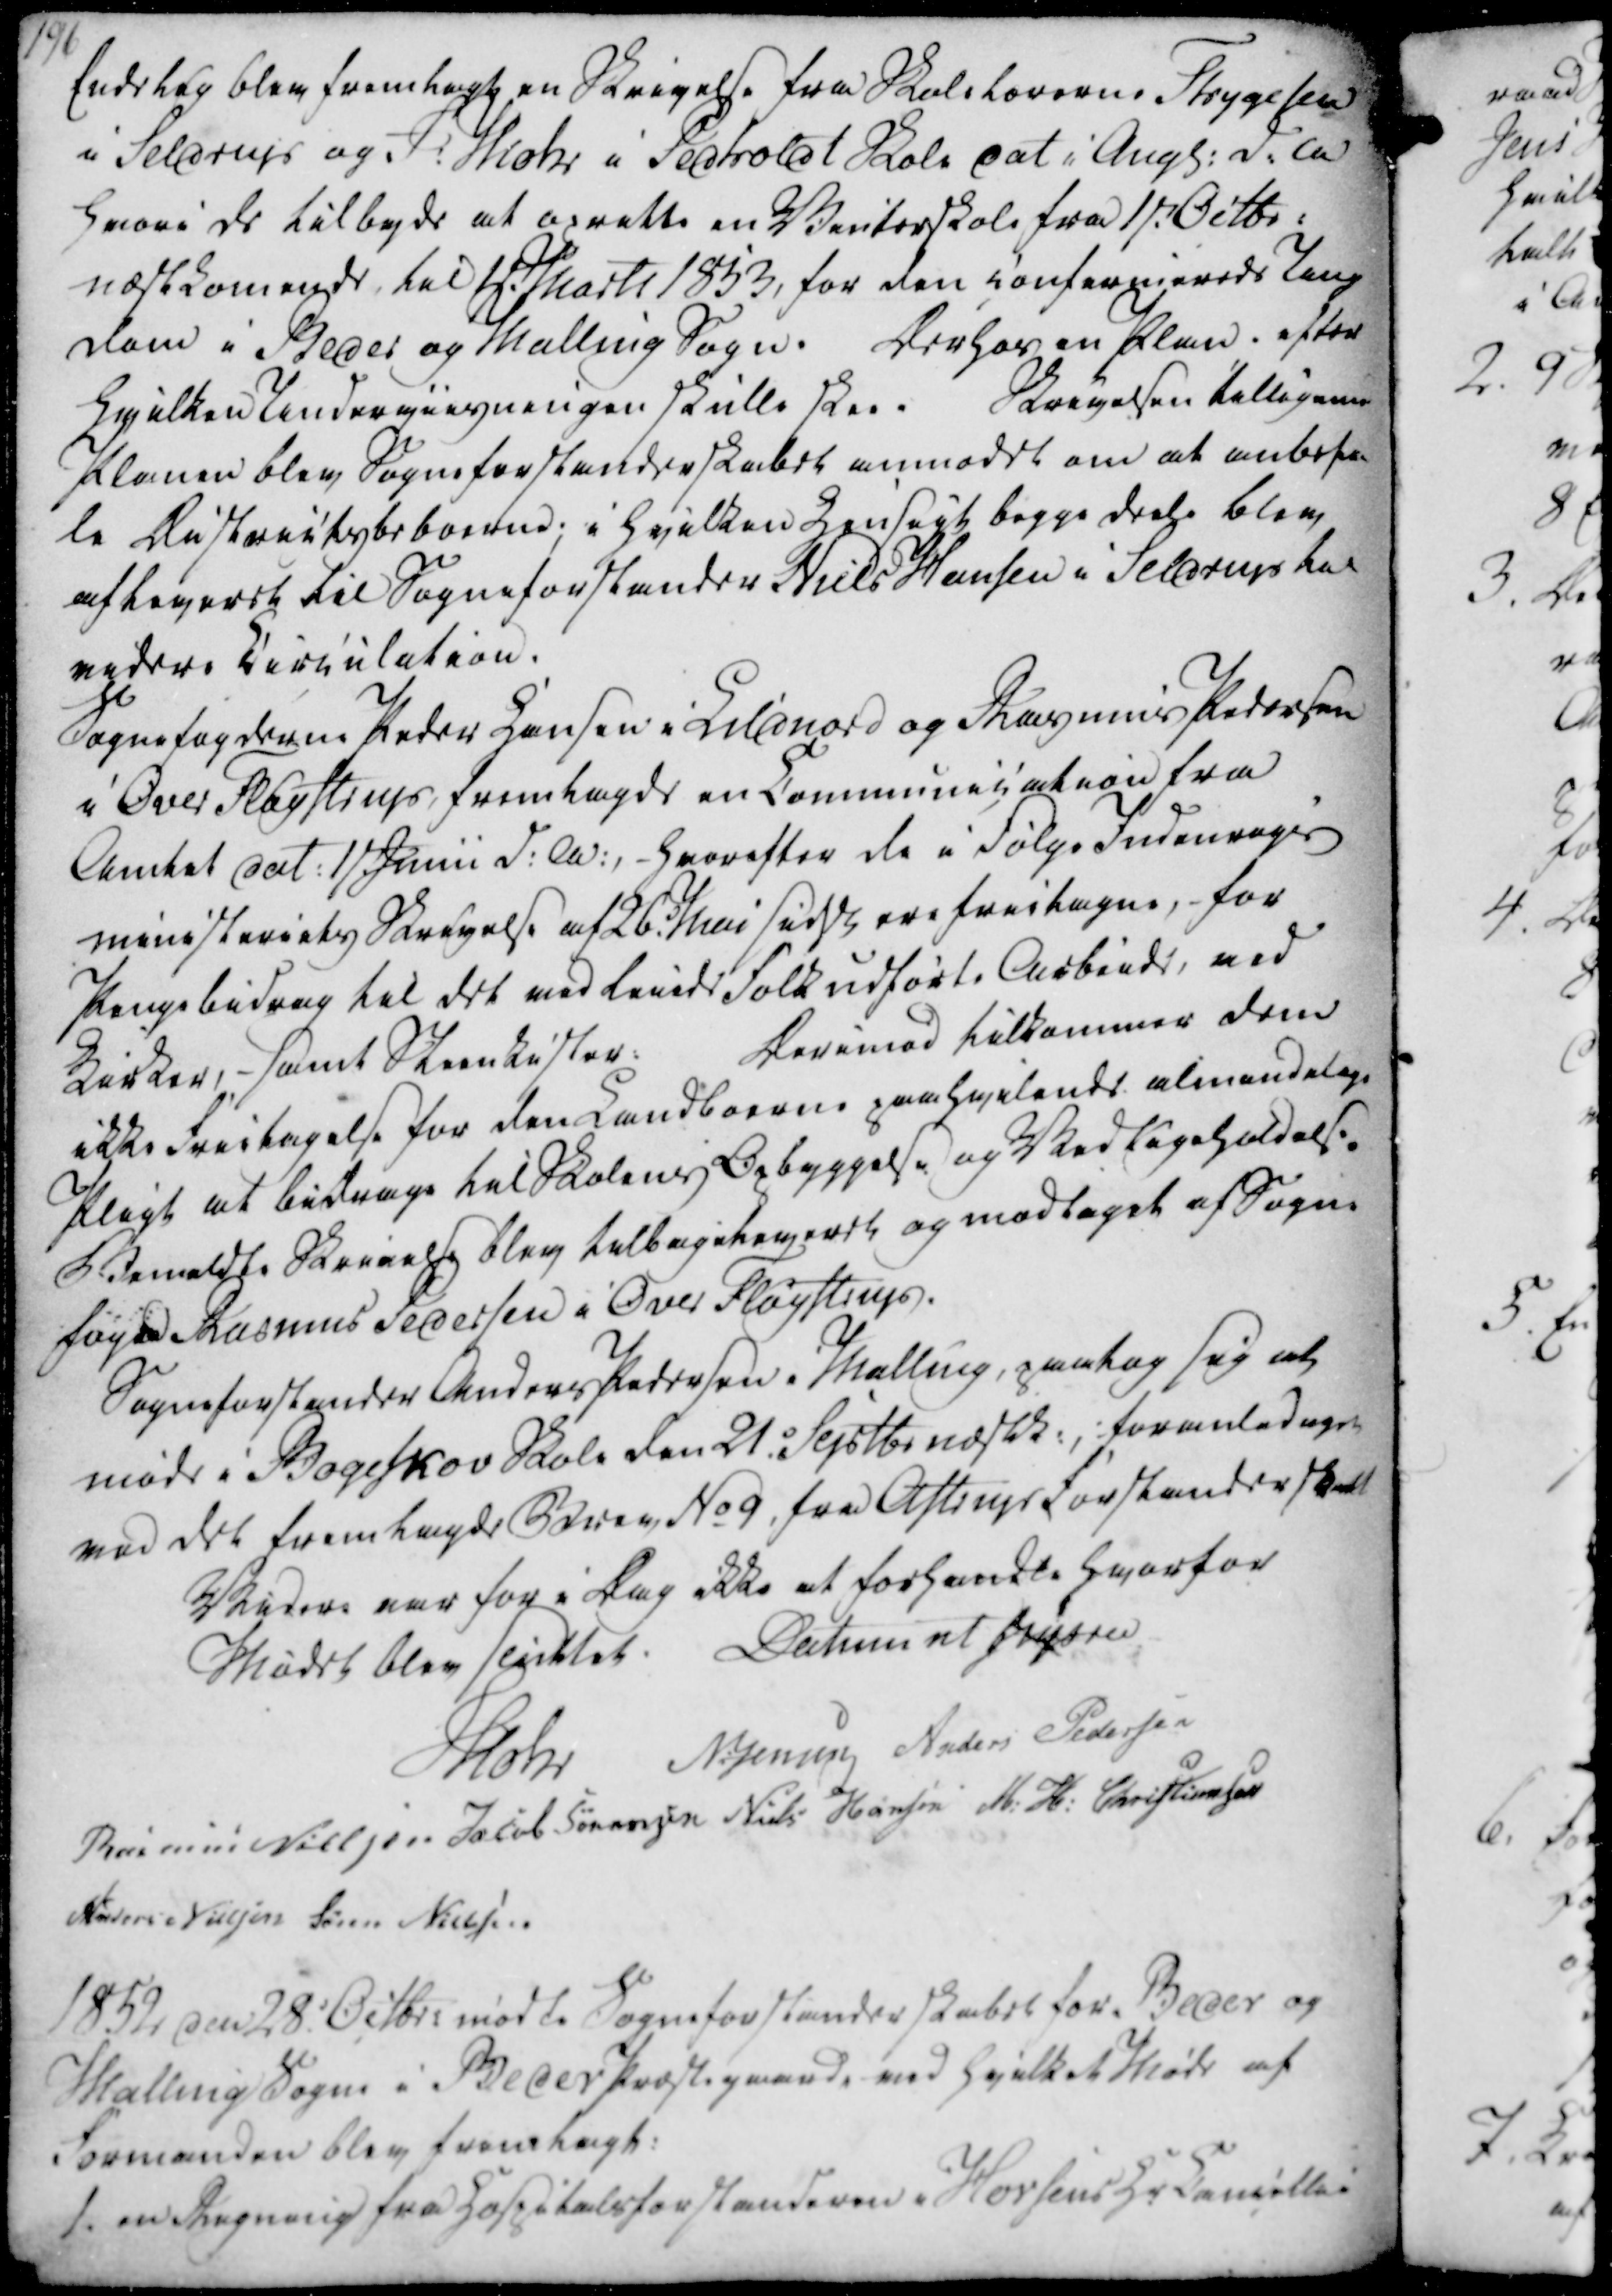
Transskription:
Endelig blev fremlagt en Skrivelse fra Skolelærerne Thygesen

i Seldrup og J. Mohr i Pedholdt Skole dat i Augs. d. A

hvori de tilbyde at oprette en Vinterskole fra 1st. Octbr.

næstkomende, til 1st. Marts 1853, for den confirmerede Ung

dom i Beder og Malling Sogn. Derhos en Plan, efter

hvilken Underviisningen skulle skee. Skrivelsen tilligemed

Planen blev Sogneforstanderskabet anmodet om at anbefa-

le Districtsbeboerne; i hvilken Hensigt begge deele blev

afleveret til Sogneforstander Niels Hansen i Seldrup til

videre Circulation.

Endelig blev fremlagt en Skrivelse fra Skolelærerne Thygesen
i Seldrup og J. Mohr i Pedholdt Skole dat i Augs. d. A
hvori de tilbyde at oprette en Vinterskole fra 1st. Octbr.
næstkomende, til 1st. Marts 1853, for den confirmerede Ung
dom i Beder og Malling Sogn. Derhos en Plan, efter
hvilken Underviisningen skulle skee. Skrivelsen tilligemed
Planen blev Sogneforstanderskabet anmodet om at anbefa-
le Districtsbeboerne; i hvilken Hensigt begge deele blev
afleveret til Sogneforstander Niels Hansen i Seldrup til
videre Circulation.

Sognefogderne Peder Hansen i Lildnord og Rasmus Pedersen

i Over Fløystrup, fremlagde en Communication fra

Amtet dat. 1st Junii d.A., - hvorefter de i følge Indenrigs

ministeriets Skrivelse af 26. Mai sidstl ere frietagne, for

Pengebidrag til det med leiede Folk udførte Arbeide, med

Kirker, - samt Steenkister:

Derimod tilkommer dem

ikke Frietagelse for den Landboerne paahvilende almindelige

Pligt at bidrage til Skolens Opbyggelse og Vedligeholdelse.

Bemeldte Skrivelse blev tilbageleveret og modtaget af Sogne

foged Rasmus Pedersen i Over Fløystrup.

Sogneforstander Anders Pedersen i Malling, paatog sig at

møde i Bogeskov Skole den 21. Septbr næstk., foranledegs

ved det fremlagde Brev No 9, fra Astrup Forstanderskab

Sognefogderne Peder Hansen i Lildnord og Rasmus Pedersen
i Over Fløystrup, fremlagde en Communication fra
Amtet dat. 1st Junii d.A., - hvorefter de i følge Indenrigs
ministeriets Skrivelse af 26. Mai sidstl ere frietagne, for
Pengebidrag til det med leiede Folk udførte Arbeide, med
Kirker, - samt Steenkister:
Derimod tilkommer dem
ikke Frietagelse for den Landboerne paahvilende almindelige
Pligt at bidrage til Skolens Opbyggelse og Vedligeholdelse.
Bemeldte Skrivelse blev tilbageleveret og modtaget af Sogne
foged Rasmus Pedersen i Over Fløystrup.
Sogneforstander Anders Pedersen i Malling, paatog sig at
møde i Bogeskov Skole den 21. Septbr næstk., foranledegs
ved det fremlagde Brev No 9, fra Astrup Forstanderskab

Videre var for i Dag ikke at forhandle hvorfor

Mødet blev sluttet.

Datum ut supra

Mohr

N. Jensen

Anders Pedersen

Rasmus Nielsen

Jacob Sørensen

Niels Hansen

M. H. Christiansen

Anders Nielsen

Søren Nielsen

Videre var for i Dag ikke at forhandle hvorfor
Mødet blev sluttet.
Datum ut supra
Mohr
N. Jensen
Anders Pedersen
Rasmus Nielsen
Jacob Sørensen
Niels Hansen
M. H. Christiansen
Anders Nielsen
Søren Nielsen

1852 den 28. Octbr. mødte Sogneforstanderskabet for Beder og

Malling Sogne i Beder Præstegaard, ved hvilket Møde af

Formanden blev fremlagt:

1. en Regning fra Hospitalsforstanderen i Horsens Hr Cancellie

1852 den 28. Octbr. mødte Sogneforstanderskabet for Beder og
Malling Sogne i Beder Præstegaard, ved hvilket Møde af
Formanden blev fremlagt:
1. en Regning fra Hospitalsforstanderen i Horsens Hr Cancellie